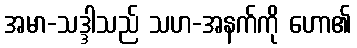
အမာ-သဒ္ဒါသည် သဟ-အနက်ကို ဟော၏